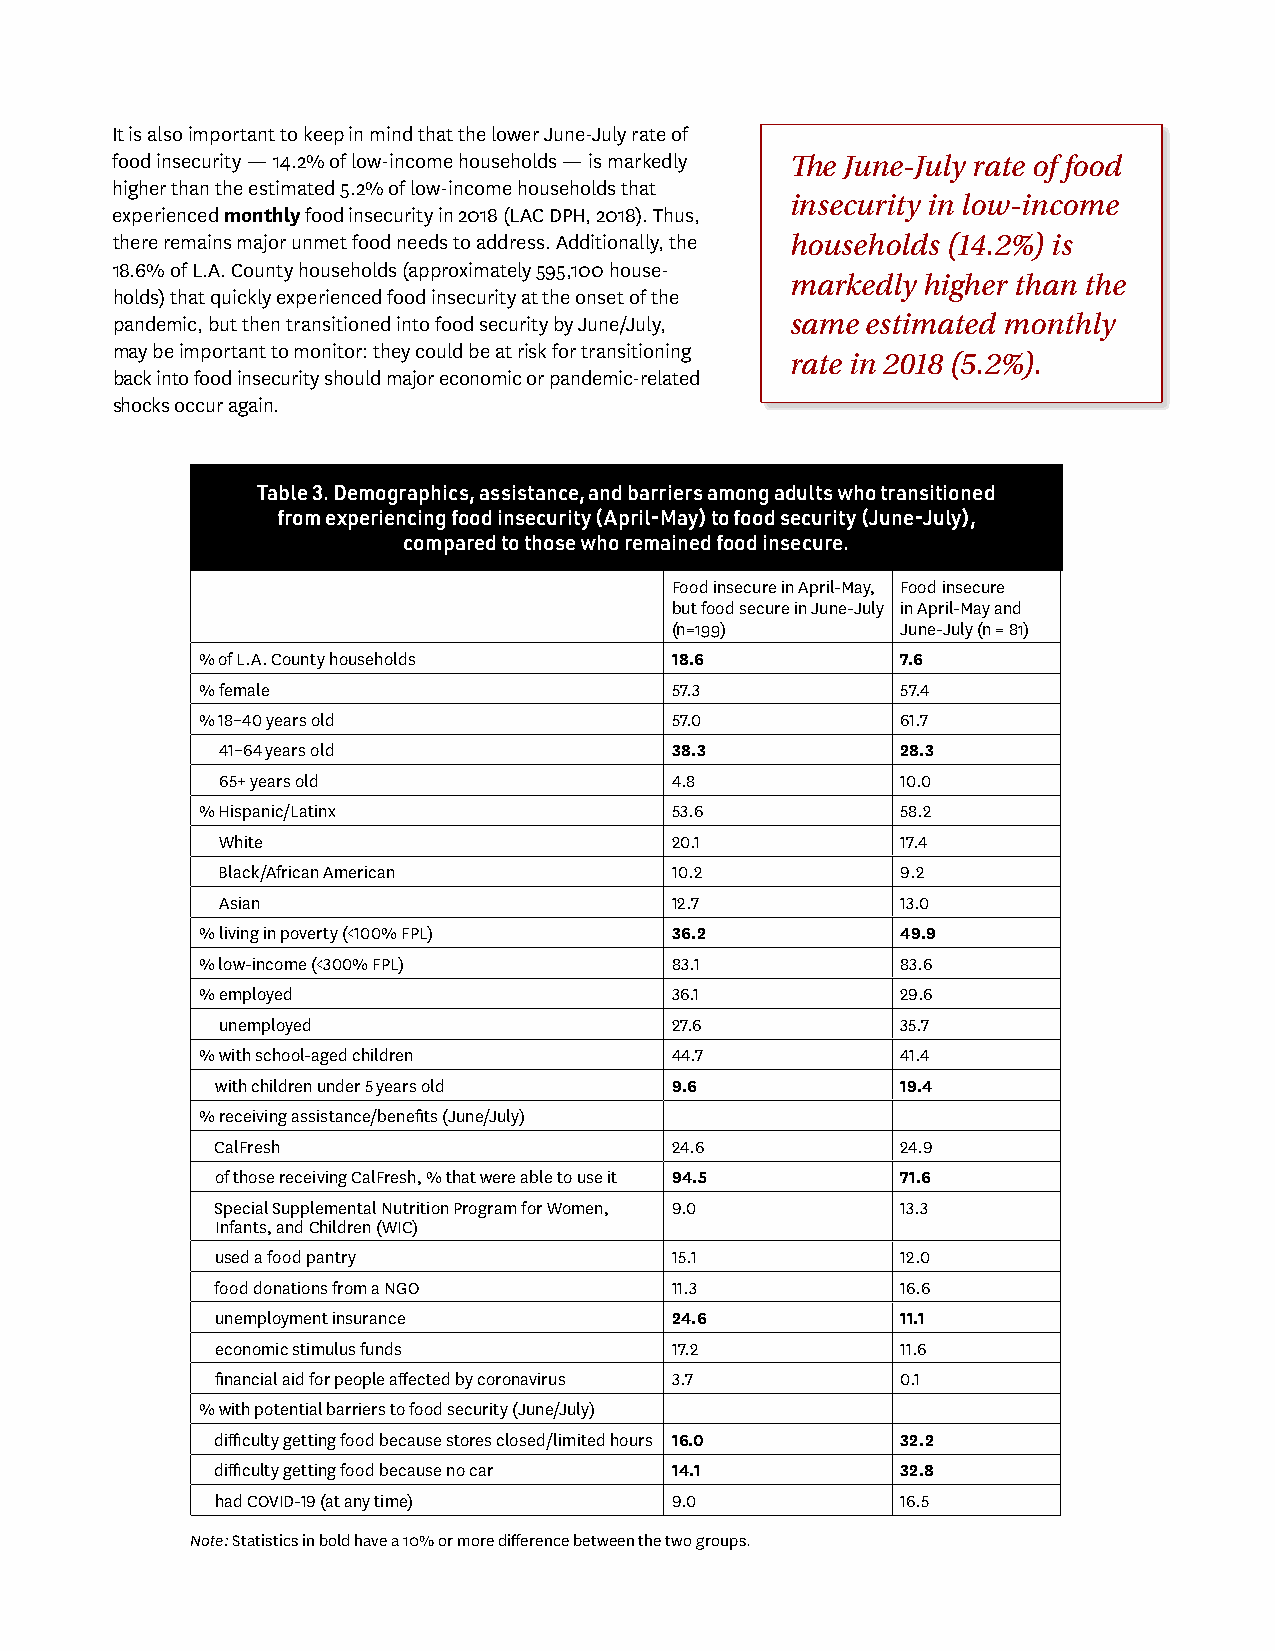
It is also important to keep in mind that the lower June-July rate of
 food insecurity — 14.2% of low-income households — is markedly The June-July rate of food
 higher than the estimated 5.2% of low-income households that
 insecurity in low-income
 experienced monthly food insecurity in 2018 (LAC DPH, 2018). Thus,
 there remains major unmet food needs to address. Additionally, the households (14.2%) is
 18.6% of L.A. County households (approximately 595,100 house-
 markedly higher than the
 holds) that quickly experienced food insecurity at the onset of the
 pandemic, but then transitioned into food security by June/July, same estimated monthly
 may be important to monitor: they could be at risk for transitioning
 rate in 2018 (5.2%).
 back into food insecurity should major economic or pandemic-related
 shocks occur again.
 Table 3. Demographics, assistance, and barriers among adults who transitioned
 from experiencing food insecurity (April-May) to food security (June-July),
 compared to those who remained food insecure.
 Food insecure in April-May, Food insecure
 but food secure in June-July in April-May and
 (n=199)         June-July (n = 81)
 % of L.A. County households    18.6            7.6
 % female                       57.3            57.4
 % 18–40 years old              57.0            61.7
 41–64 years old              38.3            28.3
 65+ years old                4.8             10.0
 % Hispanic/Latinx              53.6            58.2
 White                        20.1            17.4
 Black/African American       10.2            9.2
 Asian                        12.7            13.0
 % living in poverty (<100% FPL) 36.2           49.9
 % low-income (<300% FPL)       83.1            83.6
 % employed                     36.1            29.6
 unemployed                   27.6            35.7
 % with school-aged children    44.7            41.4
 with children under 5 years old 9.6           19.4
 % receiving assistance/benefits (June/July)
 CalFresh                      24.6            24.9
 of those receiving CalFresh, % that were able to use it 94.5 71.6
 Special Supplemental Nutrition Program for Women, 9.0 13.3
 Infants, and Children (WIC)
 used a food pantry            15.1            12.0
 food donations from a NGO     11.3            16.6
 unemployment insurance        24.6            11.1
 economic stimulus funds       17.2            11.6
 financial aid for people affected by coronavirus 3.7 0.1
 % with potential barriers to food security (June/July)
 difficulty getting food because stores closed/limited hours 16.0 32.2
 difficulty getting food because no car 14.1   32.8
 had COVID-19 (at any time)    9.0             16.5
 Note: Statistics in bold have a 10% or more difference between the two groups.